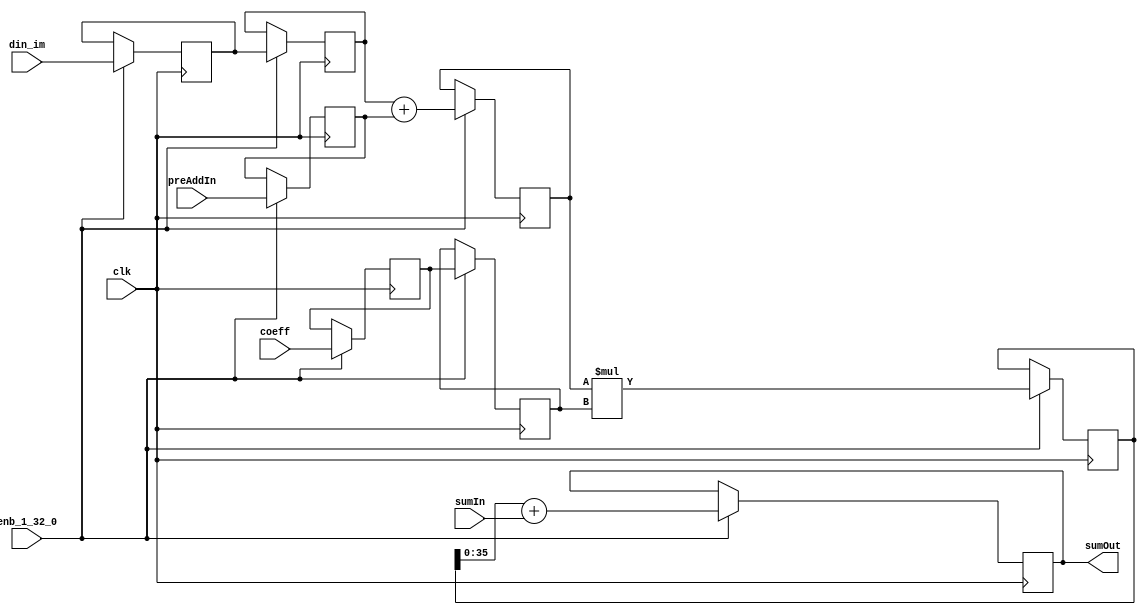
// -------------------------------------------------------------
// 
// 
// Generated by MATLAB 9.13 and HDL Coder 4.0
// 
// -------------------------------------------------------------


// -------------------------------------------------------------
// 
// Module: FilterTapSystolicPreAdd_block
// Source Path: whdlOFDMTransmitter_up_con/OFDM_UC/HDL_DUC/Halfband Interpolator/whdlOFDMTransmitter_up_con/OFDM_UC/HDL_DUC/Halfband 
// Interpolator/FIRFilter1/FilterTapSystolicPreAd
// Hierarchy Level: 4
// 
// -------------------------------------------------------------

`timescale 1 ns / 1 ns

module FilterTapSystolicPreAdd_block
          (clk,
           enb_1_32_0,
           din_im,
           preAddIn,
           coeff,
           sumIn,
           sumOut);


  input   clk;
  input   enb_1_32_0;
  input   signed [17:0] din_im;  // sfix18_En14
  input   signed [17:0] preAddIn;  // sfix18_En14
  input   signed [17:0] coeff;  // sfix18_En17
  input   signed [35:0] sumIn;  // sfix36_En31
  output  signed [35:0] sumOut;  // sfix36_En31


  reg signed [17:0] fTap_din1_reg1;  // sfix18
  reg signed [17:0] fTap_din1_reg2;  // sfix18
  reg signed [17:0] fTap_din2_reg1;  // sfix18
  reg signed [18:0] fTap_preAdd_reg;  // sfix19
  reg signed [36:0] fTap_mult_reg;  // sfix37
  reg signed [35:0] fTap_addout_reg;  // sfix36
  reg signed [17:0] fTap_coef_reg1;  // sfix18
  reg signed [17:0] fTap_coef_reg2;  // sfix18
  wire signed [18:0] fTap_preAdd_reg_next;  // sfix19_En14
  wire signed [36:0] fTap_mult_reg_next;  // sfix37_En31
  wire signed [35:0] fTap_addout_reg_next;  // sfix36_En31
  wire signed [35:0] fTap_add_cast;  // sfix36_En31
  wire signed [18:0] fTap_add_cast_1;  // sfix19_En14
  wire signed [18:0] fTap_add_cast_2;  // sfix19_En14

  initial begin
    fTap_din1_reg1 = 18'sb000000000000000000;
    fTap_din1_reg2 = 18'sb000000000000000000;
    fTap_din2_reg1 = 18'sb000000000000000000;
    fTap_preAdd_reg = 19'sb0000000000000000000;
    fTap_coef_reg1 = 18'sb000000000000000000;
    fTap_coef_reg2 = 18'sb000000000000000000;
    fTap_mult_reg = 37'sh0000000000;
    fTap_addout_reg = 36'sh000000000;
  end

  // FilterTapSystolicPreAddS
  always @(posedge clk)
    begin : fTap_process
      if (enb_1_32_0) begin
        fTap_preAdd_reg <= fTap_preAdd_reg_next;
        fTap_mult_reg <= fTap_mult_reg_next;
        fTap_addout_reg <= fTap_addout_reg_next;
        fTap_din1_reg2 <= fTap_din1_reg1;
        fTap_din1_reg1 <= din_im;
        fTap_din2_reg1 <= preAddIn;
        fTap_coef_reg2 <= fTap_coef_reg1;
        fTap_coef_reg1 <= coeff;
      end
    end

  assign sumOut = fTap_addout_reg;
  assign fTap_add_cast = fTap_mult_reg[35:0];
  assign fTap_addout_reg_next = fTap_add_cast + sumIn;
  assign fTap_mult_reg_next = fTap_preAdd_reg * fTap_coef_reg2;
  assign fTap_add_cast_1 = {fTap_din1_reg2[17], fTap_din1_reg2};
  assign fTap_add_cast_2 = {fTap_din2_reg1[17], fTap_din2_reg1};
  assign fTap_preAdd_reg_next = fTap_add_cast_1 + fTap_add_cast_2;



endmodule  // FilterTapSystolicPreAdd_block